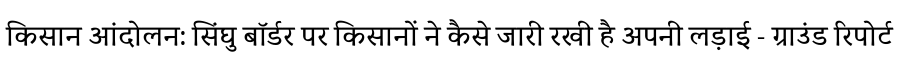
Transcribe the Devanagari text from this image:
किसान आंदोलन: सिंघु बॉर्डर पर किसानों ने कैसे जारी रखी है अपनी लड़ाई - ग्राउंड रिपोर्ट